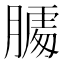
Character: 𰗌